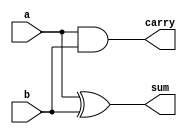
module half_adder(a,b,sum,carry);
	output sum,carry;		//outputs
	input a,b;				//inputs
	assign sum=a^b;			
	assign carry=a&b;
endmodule